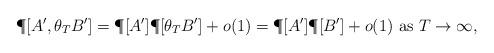
LaTeX: \begin{align*}\P[ A', \theta_TB']=\P[A']\P[\theta_TB' ]+o(1)=\P[A']\P[B' ]+o(1) \textrm{ as }T\to\infty,\end{align*}